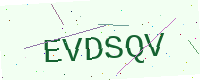
Text: EVDSQV